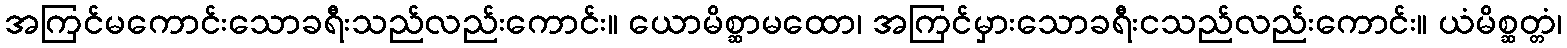
အကြင်မကောင်းသောခရီးသည်လည်းကောင်း။ ယောမိစ္ဆာမထော၊ အကြင်မှားသောခရီးငသည်လည်းကောင်း။ ယံမိစ္ဆတ္တံ၊